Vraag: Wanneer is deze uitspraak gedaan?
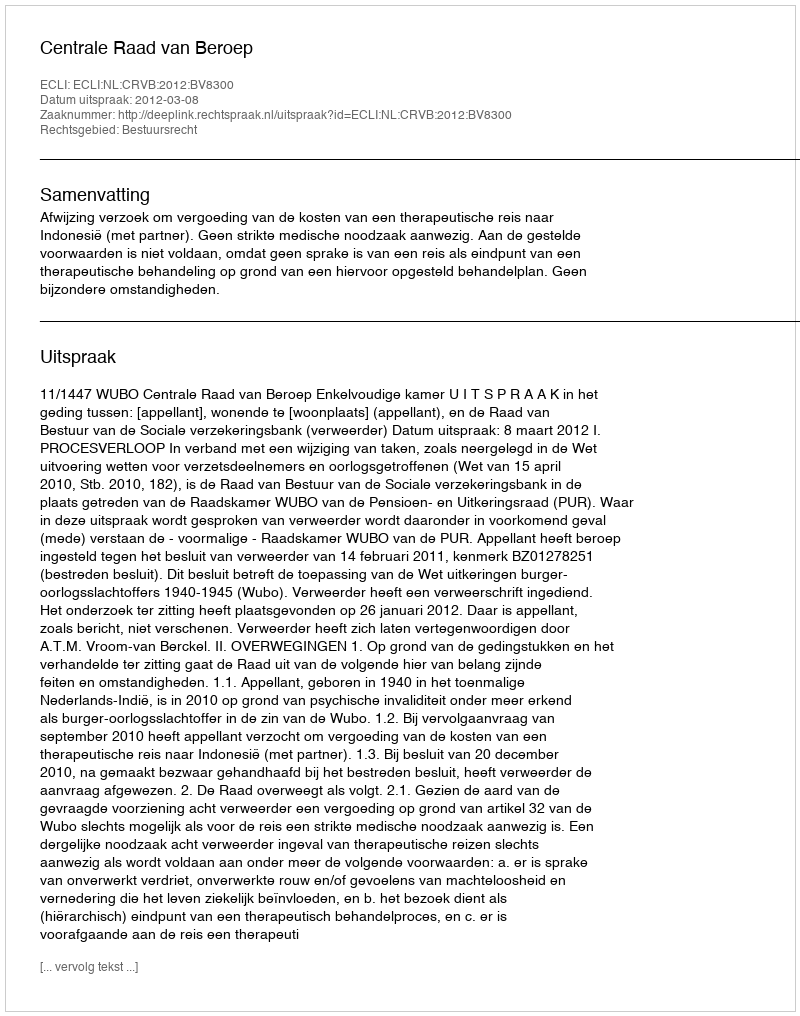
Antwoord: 2012-03-08